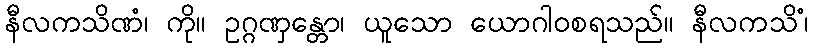
နီလကသိဏံ၊ ကို။ ဥဂ္ဂဏှန္တော၊ ယူသော ယောဂါဝစရသည်။ နီလကသိံ၊